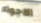
الاجواء